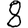
Digit: 8